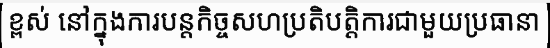
ខ្ពស់ នៅក្នុងការបន្តកិច្ចសហប្រតិបត្តិការជាមួយប្រធានា